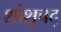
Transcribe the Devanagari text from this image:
शोशुचद्